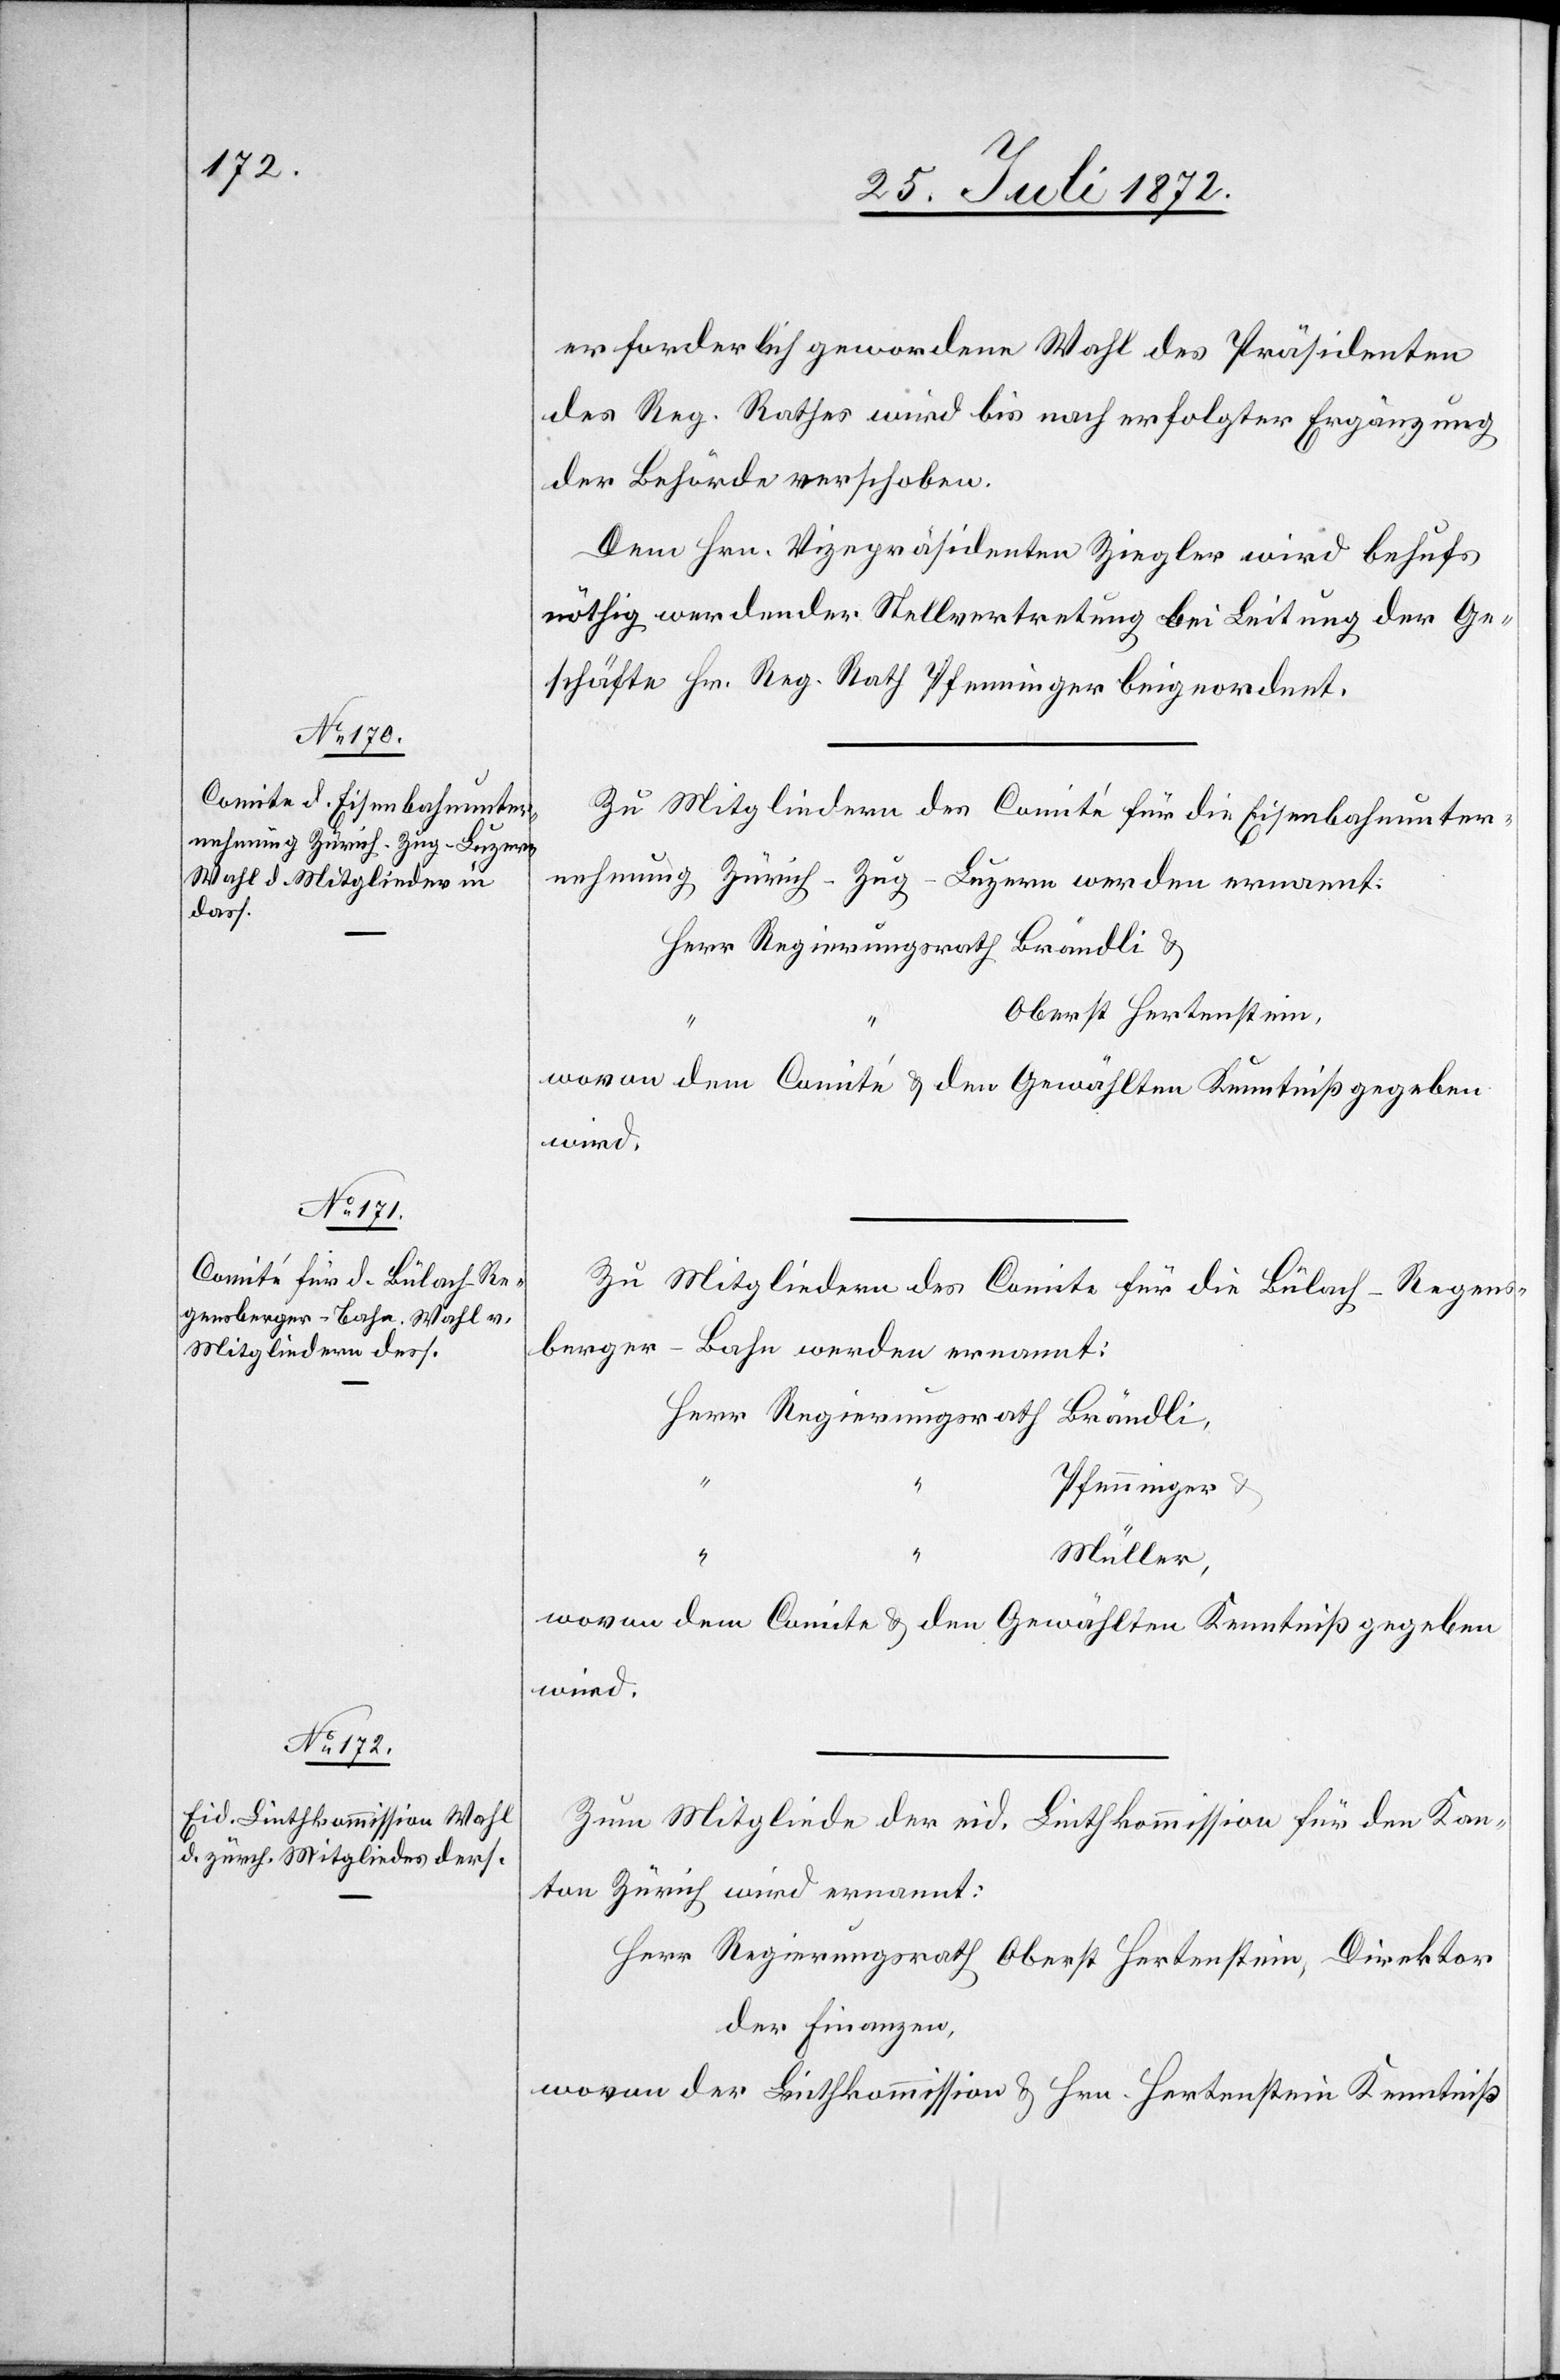
erforderlich gewordene Wahl des Präsidenten
des Reg. Rathes wird bis nach erfolgter Ergänzung
der Behörde verschoben.
Dem Hrn. Vizepräsidenten Ziegler wird behufs
nöthig werdender Stellvertretung bei Leitung der Ge¬
schäfte Hr. Reg. Rath Pfenninger beigeordnet.
Zu Mitgliedern des Comité für die Eisenbahnunter¬
nehmung Zürich–Zug–Luzern werden ernannt:
Herr Regierungsrath Brändli u.
Oberst Hertenstein,
wird.
Zu Mitgliedern des Comite für die Bülach–Regens¬
berger-Bahn werden ernannt:
Herr Regierungsrath Brändli,
“
Pfenninger u.
“
Müller,
wovon dem Comite u. den Gewählten Kenntniß gegeben
Zum Mitgliede der eid. Linthkommission für den Kan¬
ton Zürich wird ernannt:
Herr Regierungsrath Oberst Hertenstein, Direktor
der Finanzen,
wovon der Linthkommission u. Hrn. Hertenstein Kenntniß